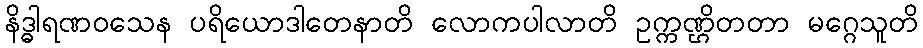
နိဒ္ဓါရဏဝသေန ပရိယောဒါတေနာတိ လောကပါလာတိ ဥက္ကဏ္ဌိတတာ မဂ္ဂေသူတိ